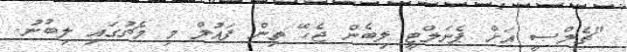
"ޗެލްސީ އަށް ޕެނަލްޓީ ލިބެން ޖެހޭ ތިން ފައުލް މި މެޗުގައި ލިބުނު.